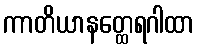
ကာတိယာနတ္ထေရဂါထာ